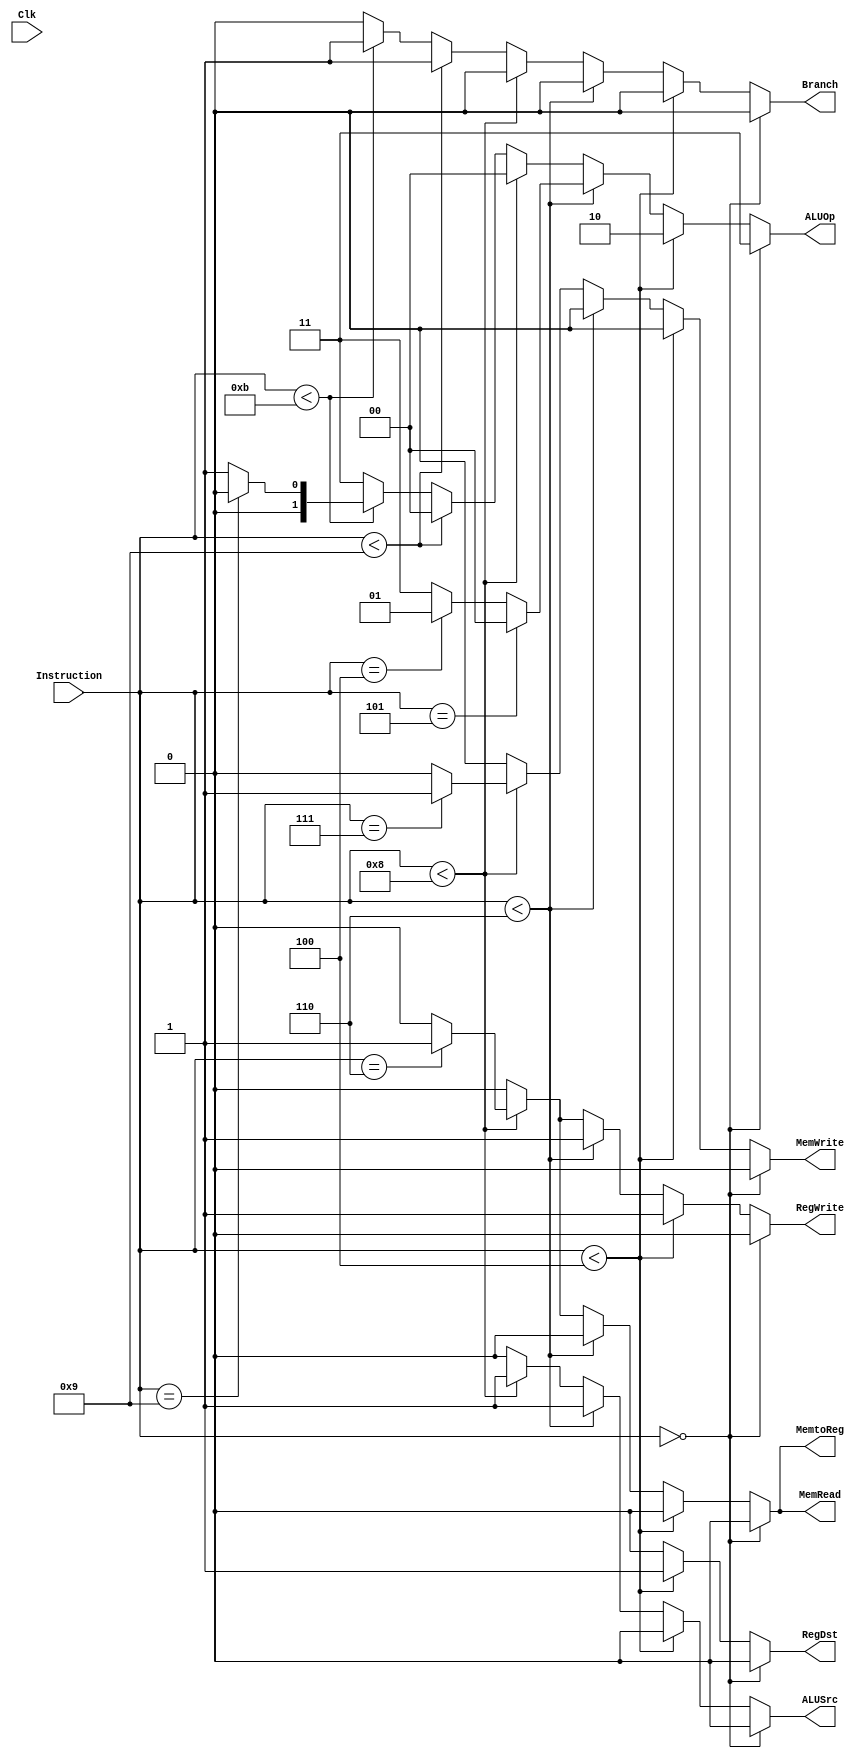
`timescale 1ns / 1ps
module Control(input Clk, input [5:0] Instruction, output reg [1:0] ALUOp,
output reg RegWrite, MemtoReg, MemRead, MemWrite, Branch, ALUSrc, RegDst
    );
//ALUOp = 0 is Add immediate
//ALUOp = 1 is LUI
//ALUOp = 2 means decode from func
//ALUOp = 3 means nop

reg [3:0] state;

initial
begin
	state <= 0;
end

always @(*)
begin
	ALUOp = 3;
	RegWrite = 0;
	MemtoReg = 0;
	MemRead = 0;
	MemWrite = 0;
	Branch = 0;
	ALUSrc = 0;
	RegDst = 0;
	
	if (Instruction == 0)
	begin
	end
	
	else if (Instruction < 4)
	begin
		ALUOp = 2;
		RegWrite = 1;
		RegDst = 1;
	end
	
	else if (Instruction < 6)
	begin
		ALUSrc = 1;
		RegWrite = 1;
		
		if (Instruction == 5)
			ALUOp = 0;
		else if (Instruction == 4)
			ALUOp = 1;
			
	end
	
	else if (Instruction < 8)
	begin
		RegDst = 0;
		ALUOp = 0;
		ALUSrc = 1;
		
		if (Instruction == 6)
		begin
			MemRead = 1;
			RegWrite = 1;
			MemtoReg = 1;
			
		end
		
		if (Instruction == 7)
		begin
			MemWrite = 1;
			ALUSrc = 1;
		end
	end
	
	else if (Instruction < 9)
	begin
		Branch = 1;
		ALUOp = 0;
		//Jump Instruction will compare the same two registers
	end
	
	else if (Instruction < 11)
	begin
		//beq will happen with ALUOp = 0
		//bneq will happen with ALUOp = 1
		Branch = 1;	
		if (Instruction == 9)
			ALUOp = 0;
		else
			ALUOp = 1;
		
	end
	
end

endmodule